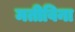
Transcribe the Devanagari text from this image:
मतीविना